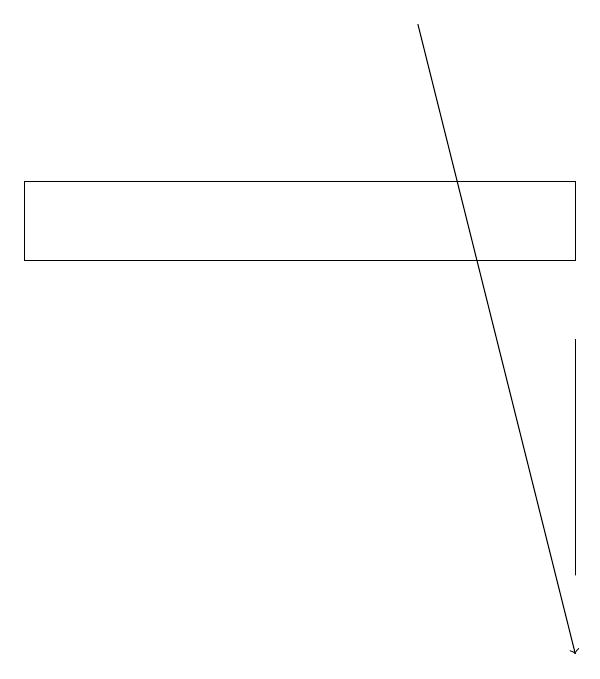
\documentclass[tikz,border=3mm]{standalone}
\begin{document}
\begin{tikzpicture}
\draw (0,17) rectangle (7,16);
\draw[->] (5,19) -- (7,11);
\draw (7,15) rectangle (7,12);
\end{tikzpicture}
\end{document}